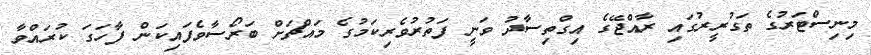
މިނިސްޓަރުގެ ތަގުރީރުގައި ރާއްޖޭގެ އިގްތިސާދު ވަނީ ފަތުރުވެރިކަމުގެ މައްޗަށް ބަރޯސާވެފައިކަން ފާހަގަ ކުރައްވާ